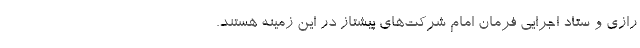
رازی و ستاد اجرایی فرمان امام شرکت‌های پیشتاز در این زمینه هستند.